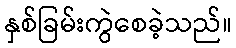
နှစ်ခြမ်းကွဲစေခဲ့သည်။